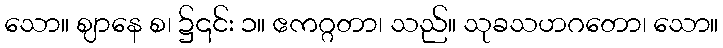
သော။ ဈာနေ စ၊ ၌၎င်း ၁။ ဧကဂ္ဂတာ၊ သည်။ သုခသဟဂတော၊ သော။